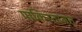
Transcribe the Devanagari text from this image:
पाकिस्तानत